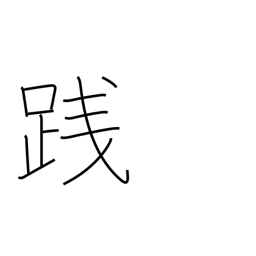
Meaning: tread